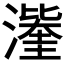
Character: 𭲹